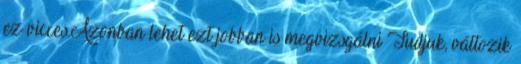
ez vicces.Azonban lehet ezt jobban is megvizsgálni Tudjuk, változik